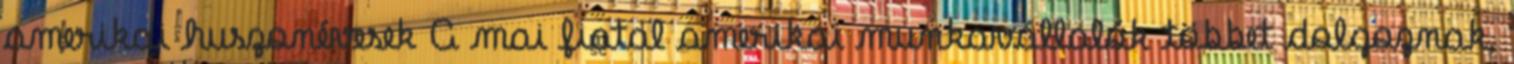
amerikai huszonévesek A mai fiatal amerikai munkavállalók többet dolgoznak,